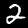
Digit: 2